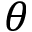
\theta